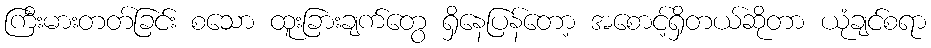
ကြီးမားတတ်ခြင်း စသော ထူးခြားချက်တွေ ရှိနေပြန်တော့ အစောင့်ရှိတယ်ဆိုတာ ယုံချင်စရာ